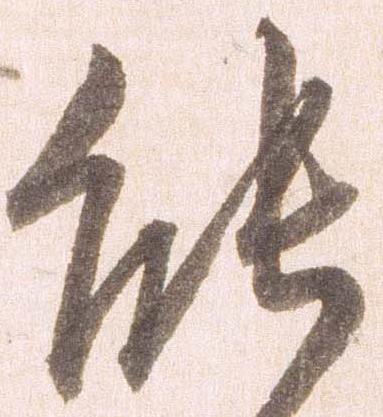
能